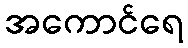
အကောင်ရေ